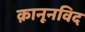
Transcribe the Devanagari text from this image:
क़ानूनविद